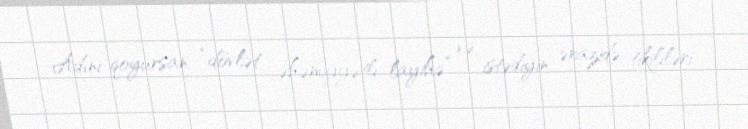
Adını qoyursan “dövlət əhəmiyyətli layihə” və istədiyin ərazidə tikililəri